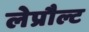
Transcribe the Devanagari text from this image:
लेप्रौल्ट